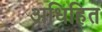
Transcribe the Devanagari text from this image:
अधिहित